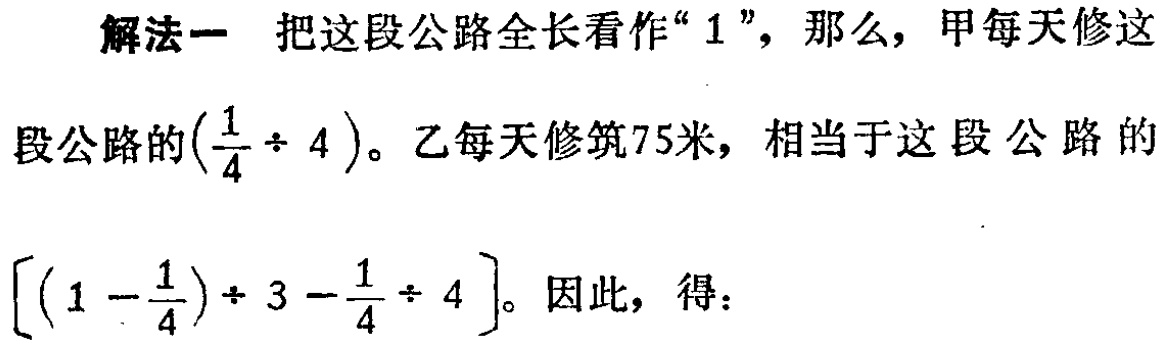
解法一 把这段公路全长看作“$1$”，那么，甲每天修这段公路的$(\frac{1}{4} \div 4)$。乙每天修筑75米，相当于这段公路的$[ (1 - \frac{1}{4}) \div 3 - \frac{1}{4} \div 4 ]$。因此，得：